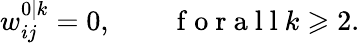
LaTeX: w_{ij}^{0|k}=0,\qquad\mathrm{~f~o~r~a~l~l~}k\geqslant 2.